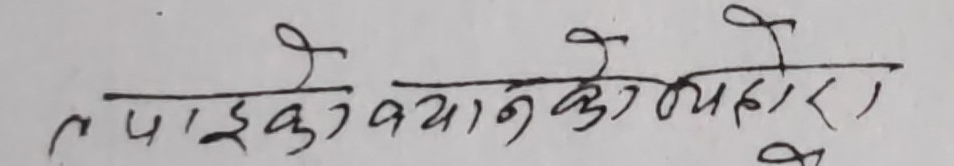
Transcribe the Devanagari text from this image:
तपाईँको बयानको व्यवहार